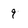
Character: 9